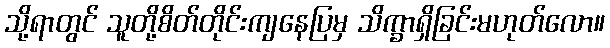
သို့ရာတွင် သူတို့စိတ်တိုင်းကျနေပြမှ သိက္ခာရှိခြင်းမဟုတ်လော။